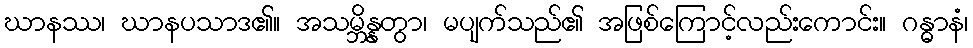
ဃာနဿ၊ ဃာနပသာဒ၏။ အသမ္ဘိန္နတွာ၊ မပျက်သည်၏ အဖြစ်ကြောင့်လည်းကောင်း။ ဂန္ဓာနံ၊